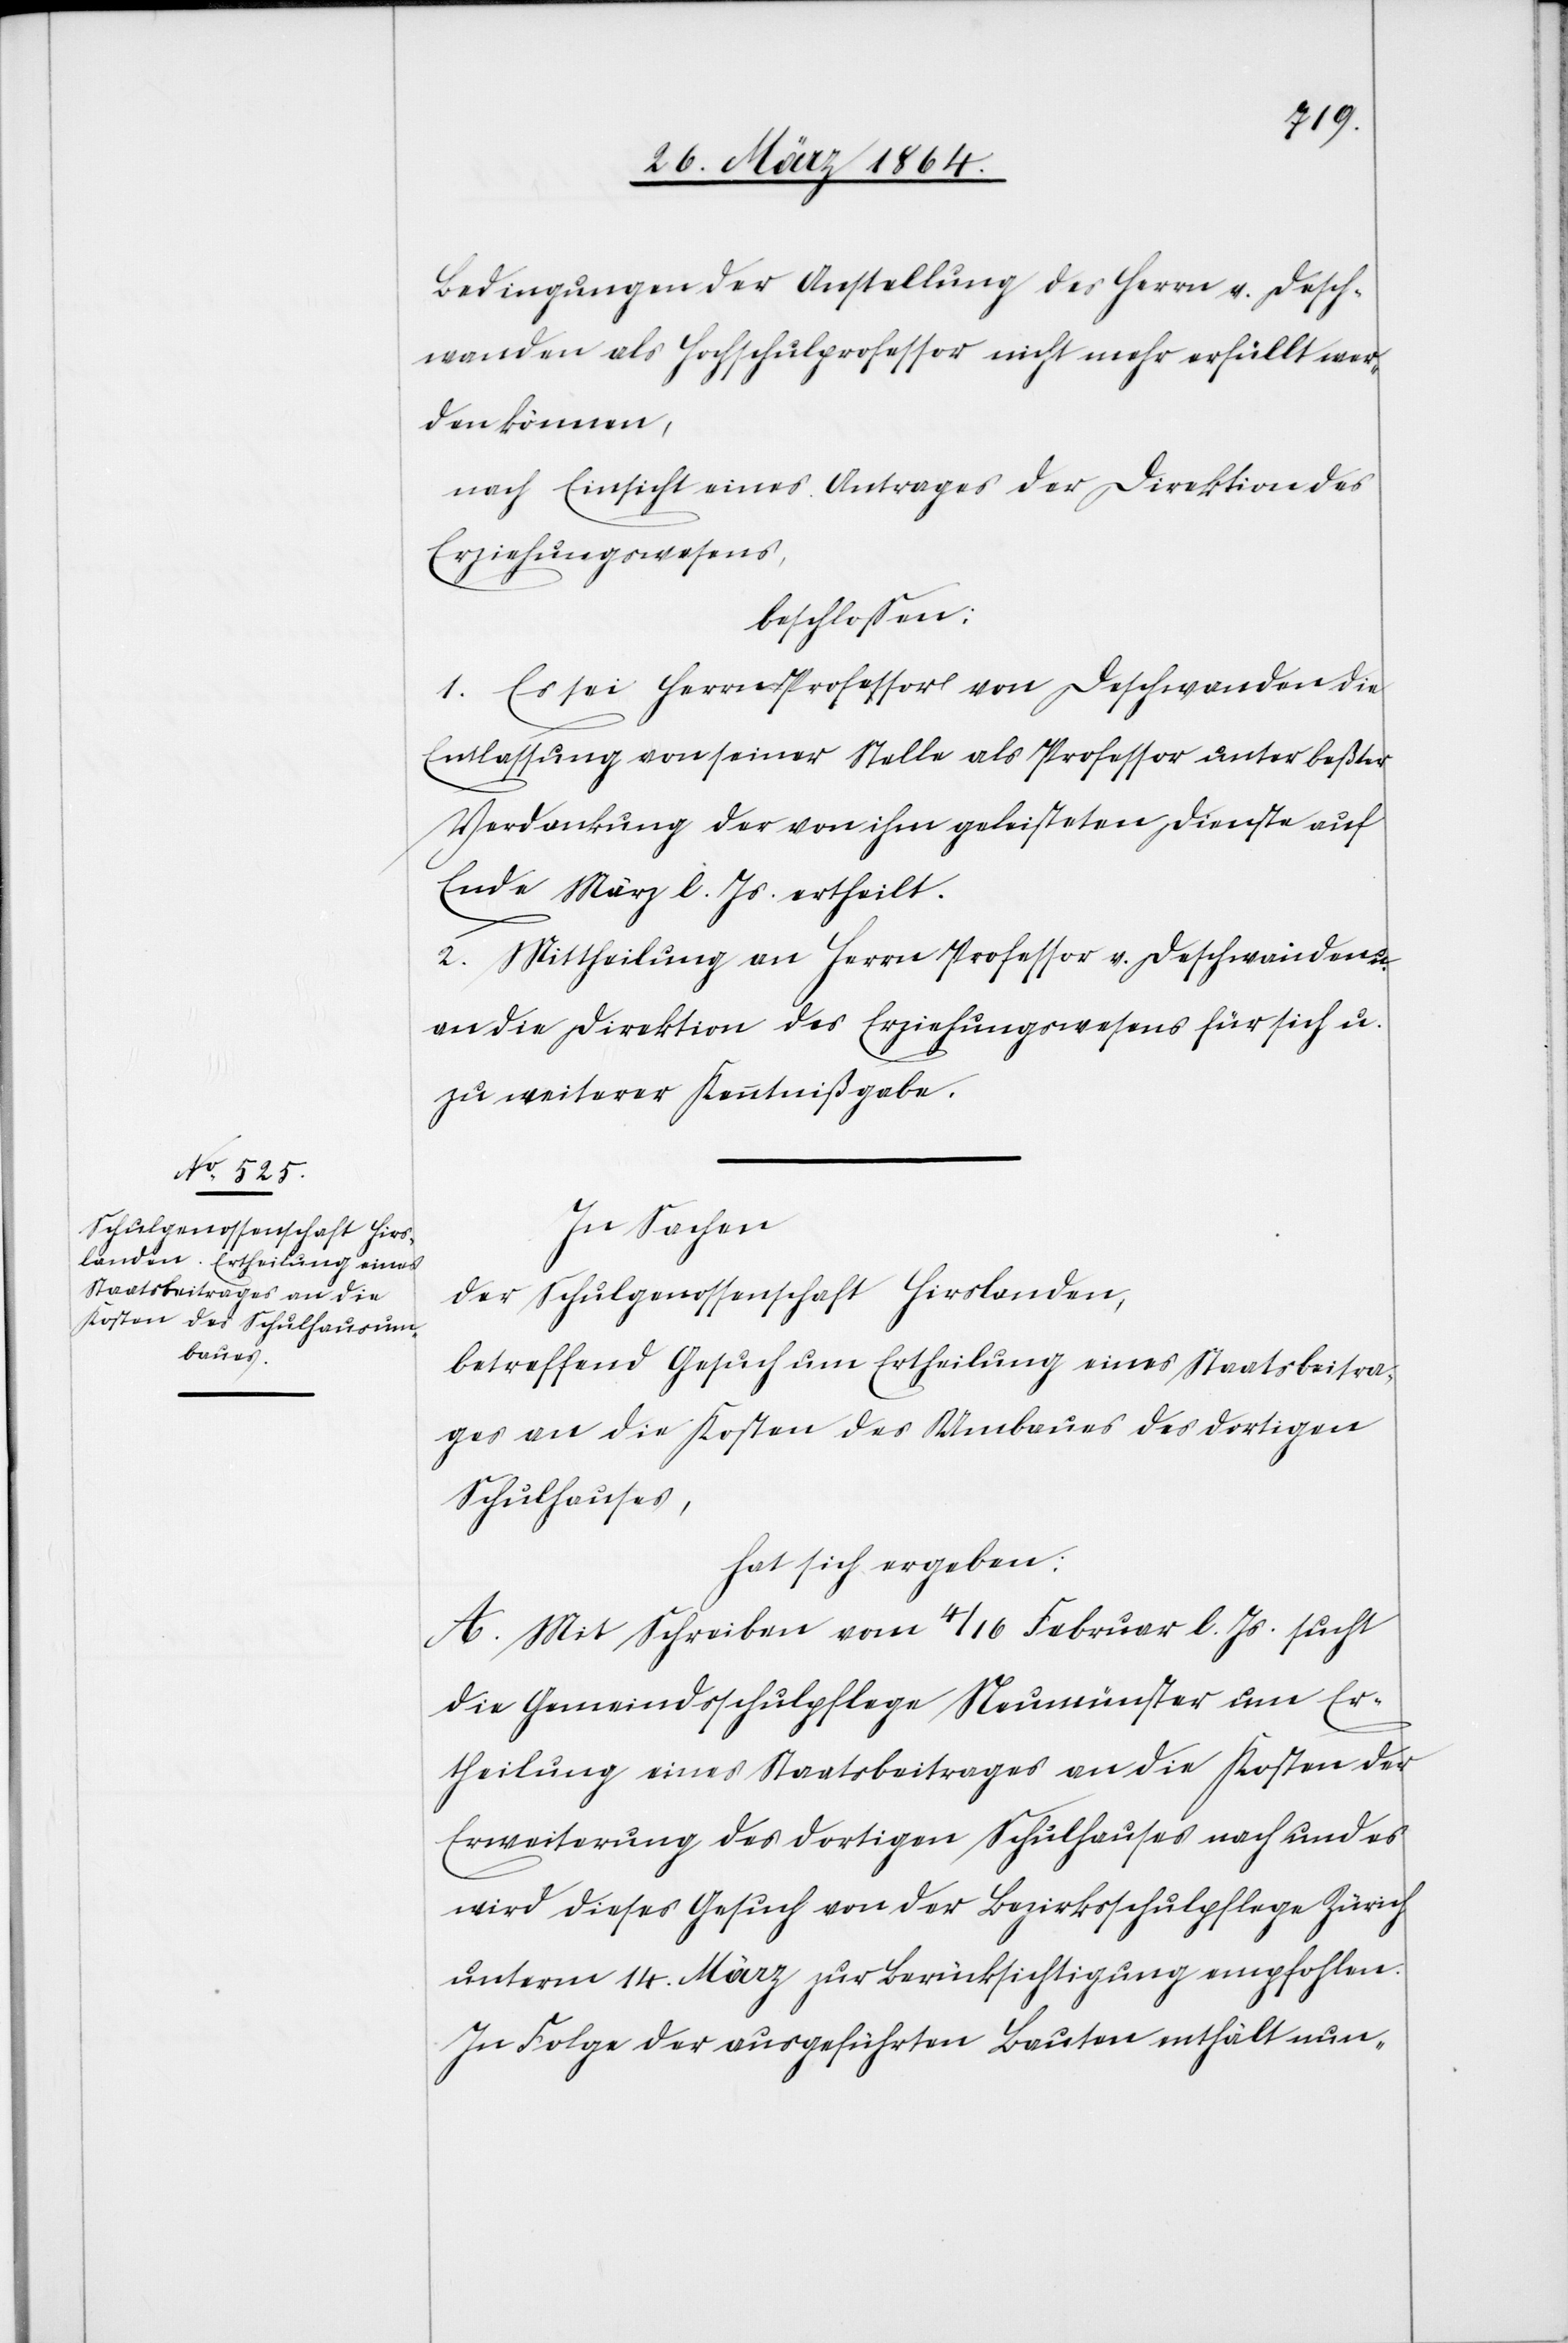
Bedingungen der Anstellung des Herrn v. Desch¬
wanden als Hochschulprofessor nicht mehr erfüllt wer¬
den können,
nach Einsicht eines Antrages der Direktion des
Erziehungswesens,
beschlossen:
1. Es sei Herr Professor von Deschwanden die
Entlassung von seiner Stelle als Professor unter beßter
Verdankung der von ihm geleisteten Dienste auf
Ende März l. Js. ertheilt.
2. Mittheilung an Herrn Professor v. Deschwanden u.
an die Direktion des Erziehungswesens für sich u.
zu weiterer Kenntnißgabe.
In Sachen
der Schulgenossenschaft Hirslanden,
betreffend Gesuch um Ertheilung eines Staatsbeitra¬
ges an die Kosten des Umbaues des dortigen
Schulhauses,
hat sich ergeben:
A. Mit Schreiben vom 4/16 Februar l. Js. sucht
die Gemeindsschulpflege Neumünster um Er¬
theilung eines Staatsbeitrages an die Kosten der
Erweiterung des dortigen Schulhauses nach und es
wird dieses Gesuch von der Bezirksschulpflege Zürich
unterm 14. März zur Berücksichtigung empfohlen.
In Folge der ausgeführten Bauten enthält nun-